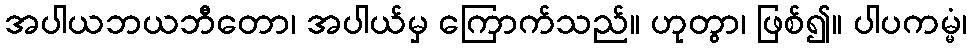
အပါယဘယဘီတော၊ အပါယ်မှ ကြောက်သည်။ ဟုတွာ၊ ဖြစ်၍။ ပါပကမ္မံ၊